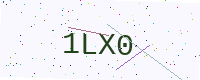
Text: 1LX0